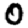
Digit: 0